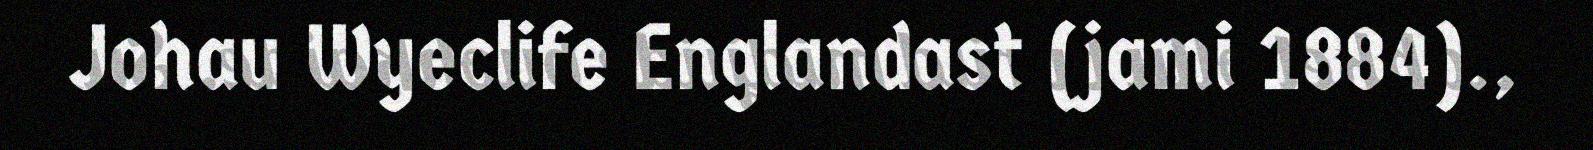
Johau Wyeclife Englandast (jami 1884).,